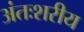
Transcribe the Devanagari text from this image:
अंतःशरीय